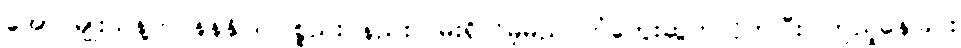
အောင်မျိုးသန့်က နန်နိုဒြပ်ပစ္စည်း နည်းလမ်းရှိလိမ့်မည် တံတွေးဆွတ်လိုက်ပြီး ကြည့်နေခြင်း